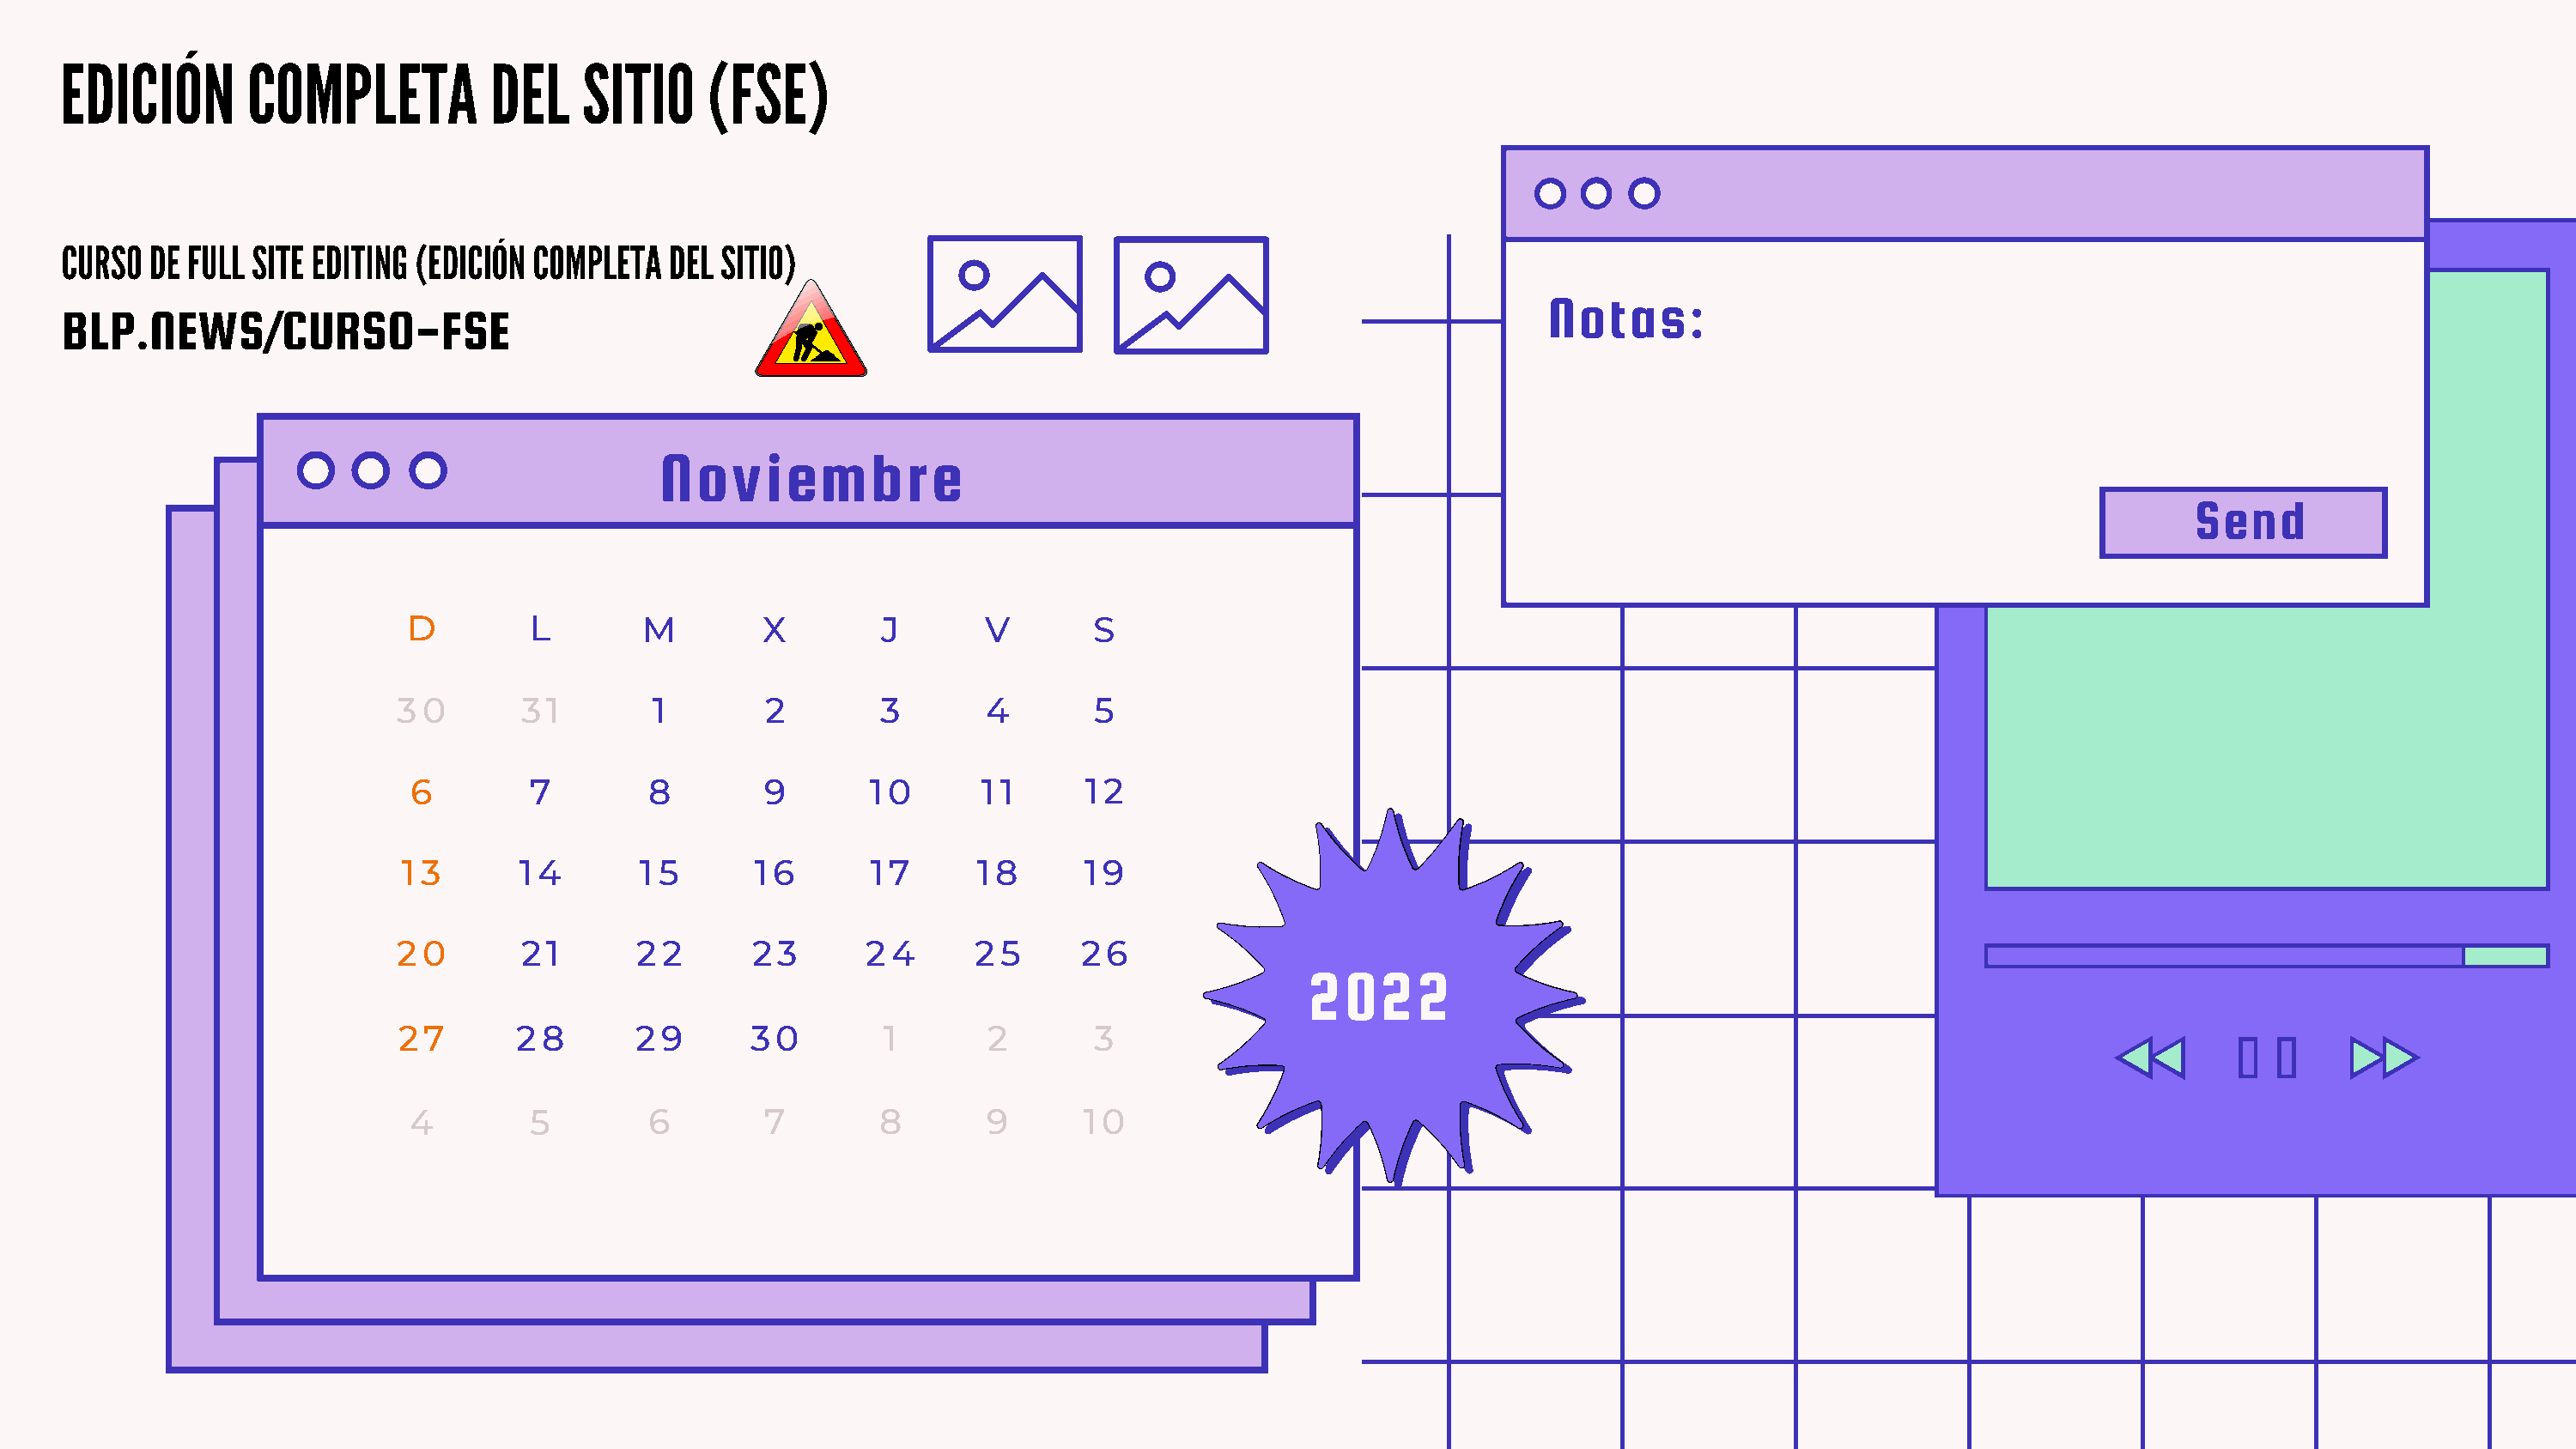
EDICIÓN       COMPLETA           DEL    SITIO     (FSE)
 CURSO  DE FULL SITE EDITING (EDICIÓN COMPLETA  DEL SITIO)
 Notas:
 BLP.NEWS/CURSO-FSE
 Noviembre
 Send
 D         L        M        X        J       V       S
 30       31        1        2        3       4       5
 6        7        8        9       10       11      12
 13       14       15       16       17      18       19
 20       21       22       23       24      25      26
 2022
 27       28       29       30        1       2       3
 4        5        6        7        8       9       10